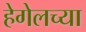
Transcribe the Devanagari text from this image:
हेगेलच्या